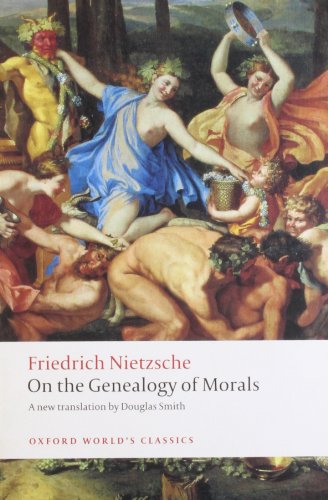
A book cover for On the Genealogy of Morals (Oxford World's Classics); Friedrich Nietzsche; Politics & Social Sciences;